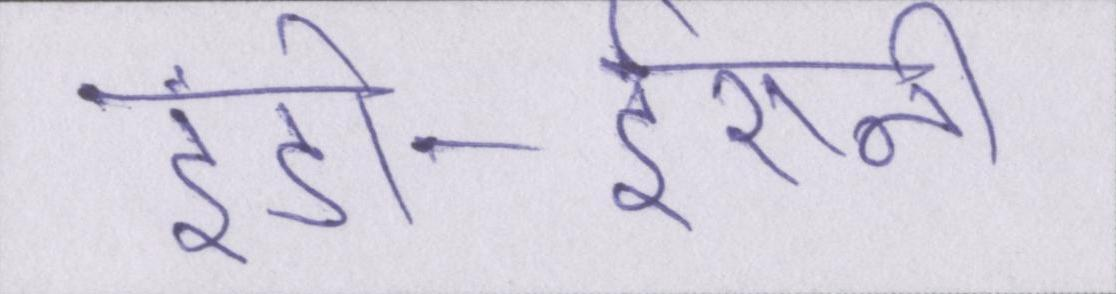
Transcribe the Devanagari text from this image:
इंडो-ईरानी